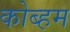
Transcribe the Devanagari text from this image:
कोब्हम